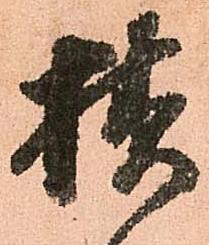
様